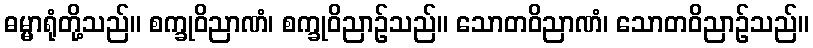
ဓမ္မာရုံတို့သည်။ စက္ခုဝိညာဏံ၊ စက္ခုဝိညာဉ်သည်။ သောတဝိညာဏံ၊ သောတဝိညာဉ်သည်။